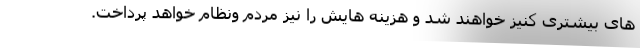
های بیشتری کنیز خواهند شد و هزینه هايش را نیز مردم ونظام خواهد پرداخت.